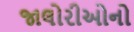
જાલોરીઓનો